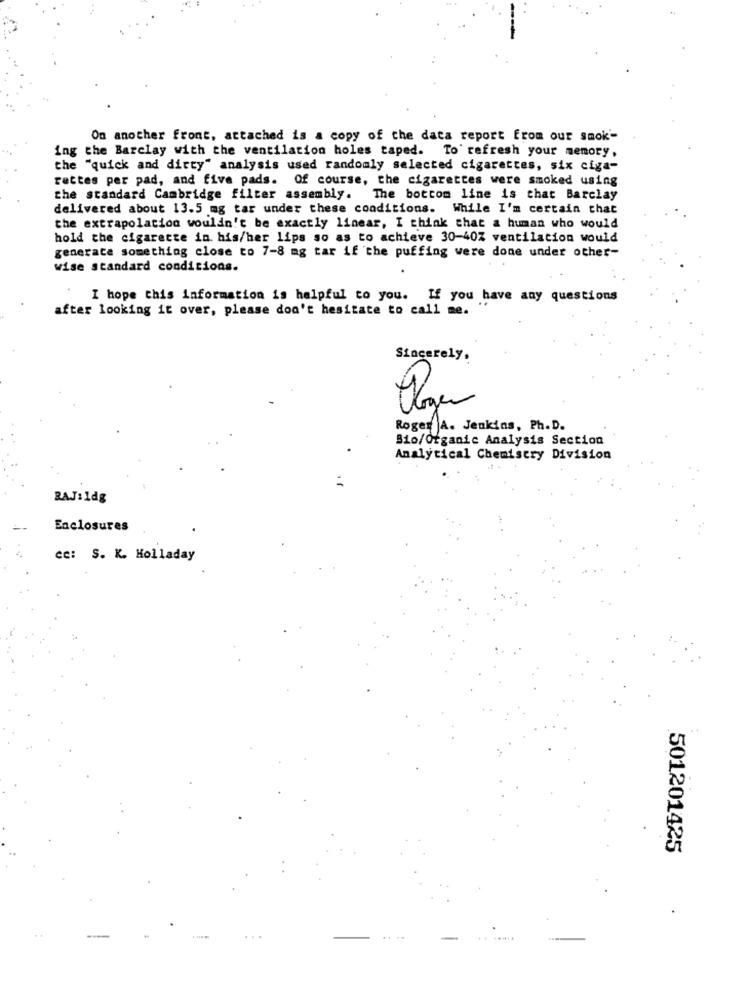
On another front, attached is a copy of the data report from our smok-
ing the Barclay with the ventilation holes taped. To refresh your memory,
the "quick and dirty" analysis used randomly selected cigarettes, six ciga-
rettes per pad, and five pads. Of course, the cigarettes were smoked using
the standard Cambridge filter assembly. The bottom line is that Barclay
delivered about 13.5 mg tar under these conditions. While I'm certain that
the extrapolation wouldn't be exactly linear, I think that a human who would
hold the cigarette in. his/her lips so as to achieve 30-40Z ventilation would
generate something close to 7-8 mg tar if the puffing were done under other-
wise standard conditions.
I hope this information is helpful to you. If you have any questions
after looking it over, please don't hesitate to call me.
Sincerely.
Roger A. Jenkins, Ph.D.
Bio/Organic Analysis Section
Analytical Chemistry Division
BAJ: Idg
Enclosures
cc: S. K. Holladay
501201425